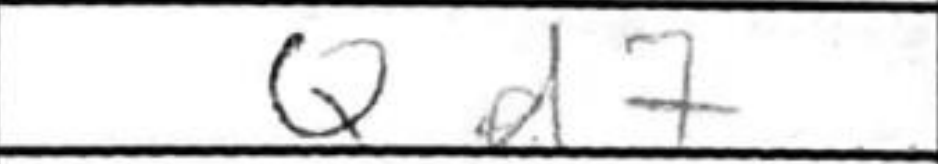
Transcription: Qd7